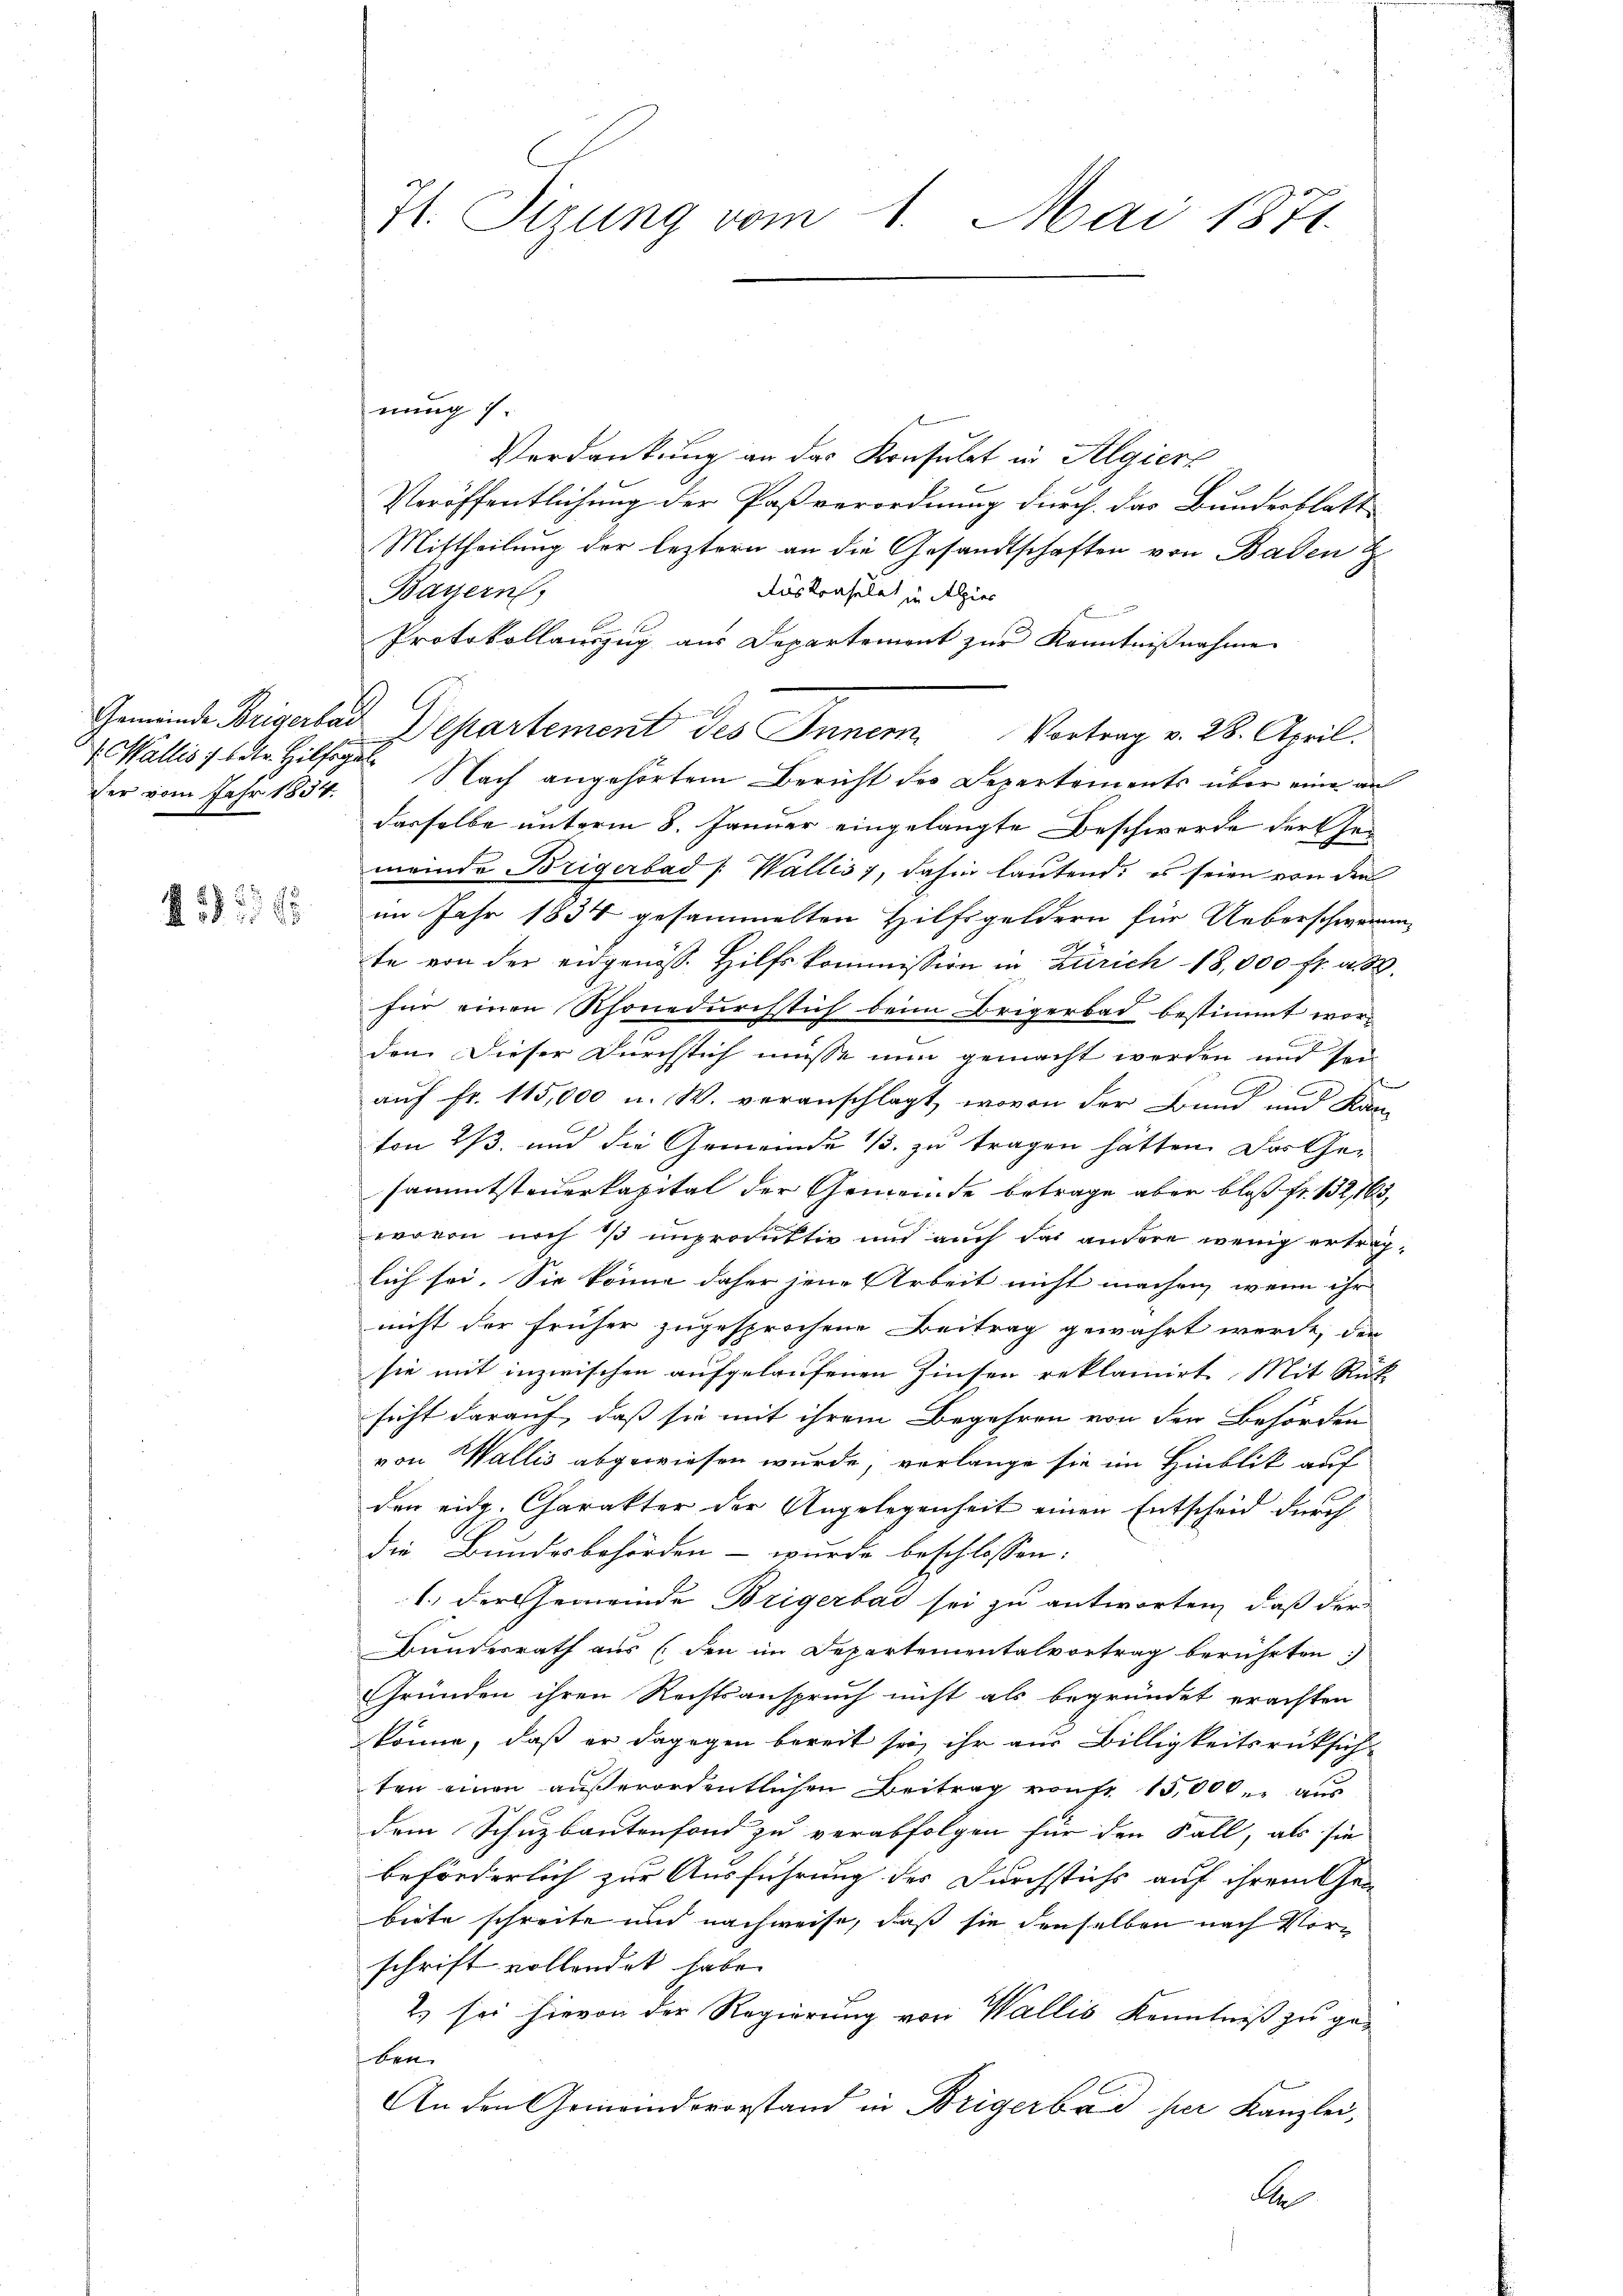
er vom Jahr 1854.

4552595

7t. Tizung vom 1. Mai 1871.

nung 1.
Verdankung an das Konsulat in Algiere
Veröffentlichung der Paßverordnung durch das Bundesblatt
Mittheilung der leztern an die Gesandtschaften von Baden &
Auskonsulat in Alpier
Bayern)
Protokollauszug aus Departement zur Kenntnißnahme
Gemeinde Beigerad Departement des Innern Vortrag v. 28. April.
. Wallis betr. Hilfe. Nach angehörtem Bericht des Departements über eine an
dasselbe unterm 8. Januar eingelangte Beschwerde der Gemeinde Brigerbad /: Wallis, dahin lautend; es seien von den
im Jahr 1834 gesammelten Hilfsgeldern für Ueberschwerung
te von der eidgenöss. Hilfskommission in Zürich 18,000 fr. a. M.
für einen Rhonedurchsich beim Brigerbad bestimmt worden. Dieser Durchstich müsse nun gemacht werden und sei
auf fr. 115,000 u. W. veranschlagt, wovon der Bund und Kan-
von 2/3. und die Gemeinde 1/3. zu tragen hätten. Das Gesammtsteuerkapital der Gemeinde betrage aber bloß fr. 132, 163,
wovon noch 3 unproduktiv und auch das andere wenig ertraglich sei. Sie könne daher jene Arbeit nicht machen, wenn ihr |
nicht der früher zugesprochene Beitrag gewährt werde, der
sie mit inzwischen aufgelaufenen Zinsen reklamirt, Mit Rück
sicht darauf, daß sie mit ihrem Begehren von den Behörden
von Wallis abgewiesen wurde, verlange sie im Hinblik auf
den eidg. Charakter der Angelegenheit einen Entscheid durch
die Bundesbehörden - wurde beschlossen:
1.) Der Gemeinde Brigerbad sei zu antworten, daß der
Bundesrath aus (den im Departementalvortrag berührten:
Gründen ihren Rechtsanspruch nicht als begründet erachten
könne, daß er dagegen bereit sei ihr aus Billigkeitsrücksich
ten einen außerordentlichen Beitrag von fr. 15,000 aus
dem Schuzbautenfond zu verabfolgen für den Fall, als sie
beförderlich zur Ausführung der Durchstichs auf ihrem Gen
biete schreite und nachweise, daß sie denselben nach Vorschrift vollendet habe.
2) sei hievon der Regierung von Wallis Kenntniß zu geben.
An den Gemeindsvorstand in Brigerbad per Kanzlei,
A